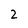
Character: 2